Vaccination in Burma 1920-1933 - 1920-1933
Year: 1920
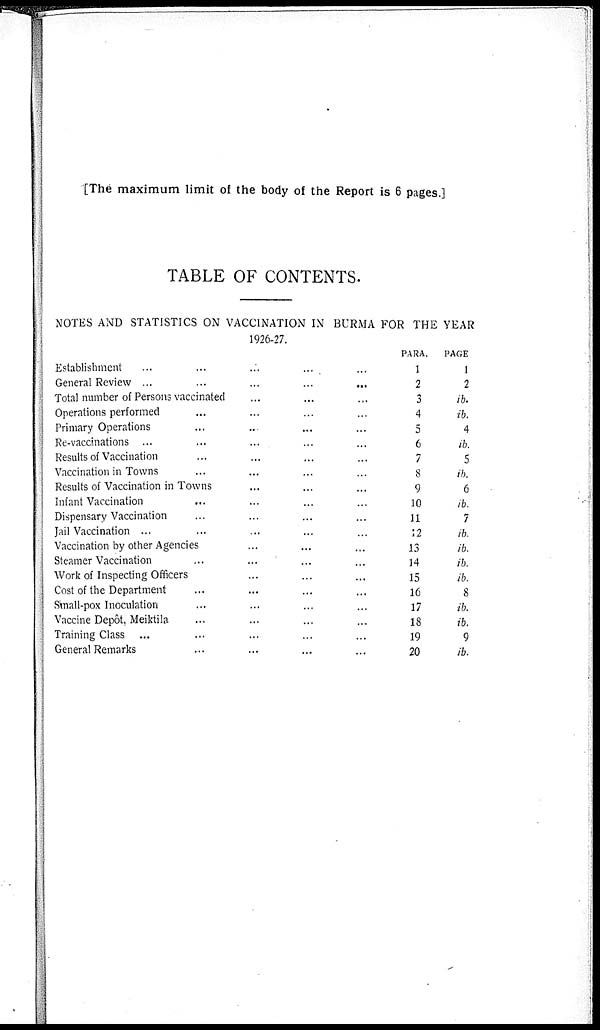
[The maximum limit of the body of the Report is 6 pages.]
TABLE OF CONTENTS.
NOTES AND STATISTICS ON VACCINATION IN BURMA FOR THE YEAR
1926-27.
Establishment... ... ... ... ...
General Review ... ... ...... ...
Total number of Persons vaccinated... ... ...
Operations performed... ... ... ...
Primary Operations... ... ... ...
Re-vaccinations ... ... ... ... ...
Results of Vaccination... ... ... ...
Vaccination in Towns... ... ... ...
Results of Vaccination in Towns... ... ...
Infant Vaccination... ... ... ...
Dispensary Vaccination... ... ... ...
Jail Vaccination ... ... ... ... ...
Vaccination by other Agencies... ... ...
Steamer Vaccination... ... ... ...
Work of Inspecting Officers... ... ...
Cost of the Department... ... ... ...
Small-pox Inoculation... ... ... ...
Vaccine Depôt, Meiktila... ... ... ...
Training Class ... ... ... ... ...
General Remarks... ... ... ...
PARA.
1
2
3
4
5
6
7
8
9
10
11
12
13
14
15
16
17
18
19
20
PAGE
1
2
ib.
ib.
4
ib.
5
ib.
6
ib.
7
ib.
ib.
ib.
ib.
8
ib.
ib.
9
ib.